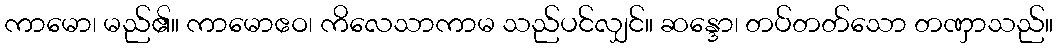
ကာမော၊ မည်၏။ ကာမောဧဝ၊ ကိလေသာကာမ သည်ပင်လျှင်။ ဆန္ဒော၊ တပ်တတ်သော တဏှာသည်။